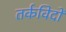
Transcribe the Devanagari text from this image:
तर्कविदों